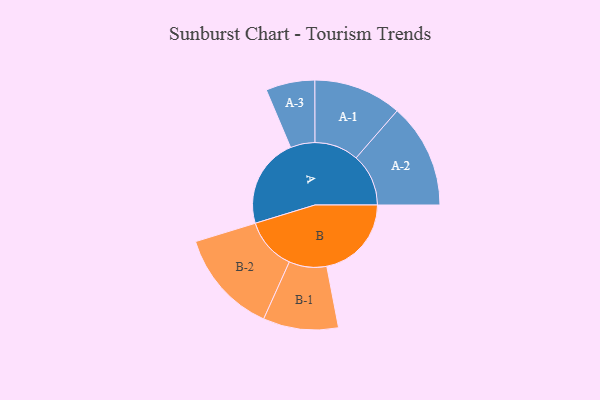
{"axis": {"x": "Segment", "y": "Value"}, "legend": ["", "A", "B"], "data": [{"x": "A", "y": 390, "type": ""}, {"x": "B", "y": 367, "type": ""}, {"x": "A-1", "y": 191, "type": "A"}, {"x": "A-2", "y": 227, "type": "A"}, {"x": "A-3", "y": 106, "type": "A"}, {"x": "B-1", "y": 163, "type": "B"}, {"x": "B-2", "y": 226, "type": "B"}]}